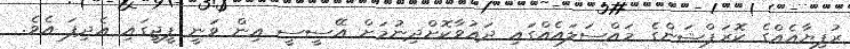
ރުފިޔާއެއްގެ ކޮރަޕްޝަންގެ މައްސަލައެއްގައި ދައުވާކޮށްދިނުމަށް އޭސީސީ އިން ވަނީ ޕީޖީގައި އެދިފަ އެވެ.